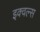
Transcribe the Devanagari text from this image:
इक्वल्स